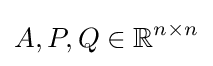
A,P,Q\in \mathbb {R} ^{n\times n}